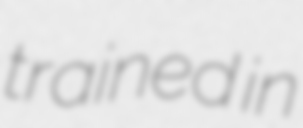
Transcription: trained in